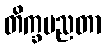
တိက္ခပညတာ